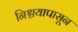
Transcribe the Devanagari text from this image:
निश्चयापासून